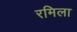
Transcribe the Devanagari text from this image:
रमिला